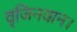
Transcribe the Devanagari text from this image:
वृजिनवान।